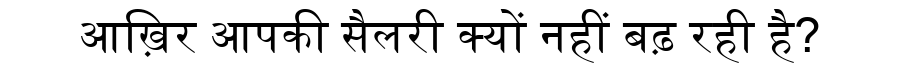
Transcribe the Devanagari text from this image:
आख़िर आपकी सैलरी क्यों नहीं बढ़ रही है?